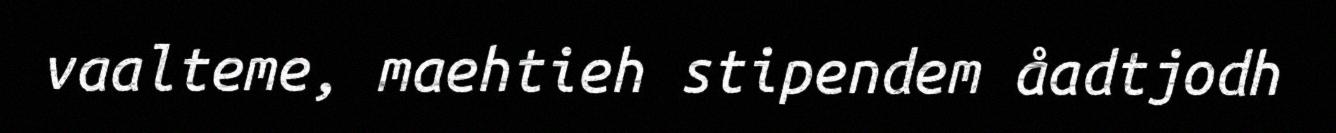
vaalteme, maehtieh stipendem åadtjodh